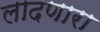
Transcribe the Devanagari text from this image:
लादणारा